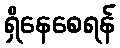
ရှိနေစေရန်